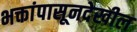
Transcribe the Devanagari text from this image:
भक्तांपासूनदेखील